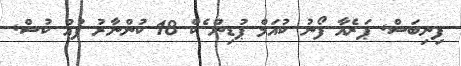
ފިނިބަސް